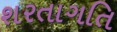
શરતાગતિ